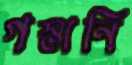
গস্তানি